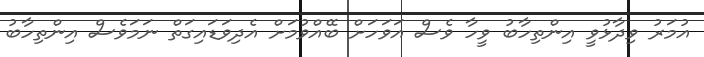
އުމަރު ވިދާޅުވީ އިންތިހާބު ވީހާ ވެސް އަވަހަށް ބޭއްވުމަށް އެދިވަޑައިގަތް ނަމަވެސް އިންތިހާބު